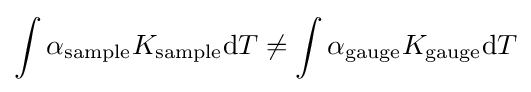
\int \alpha _{\text{sample}}K_{\text{sample}}\mathrm {d} T\neq \int \alpha _{\text{gauge}}K_{\text{gauge}}\mathrm {d} T